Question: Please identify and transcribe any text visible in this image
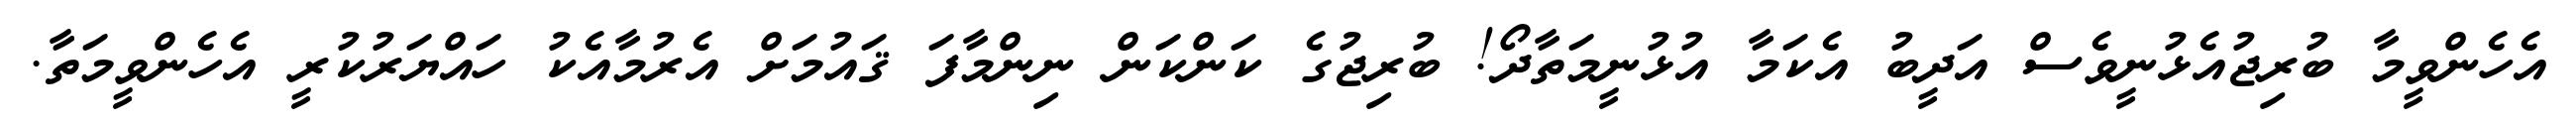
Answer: އެހެންވީމާ ބުރިޖުއެޅުނީވެސް އަދީބު އެކަމާ އުޅުނީމަތާދޯ! ބުރިޖުގެ ކަންކަން ނިންމާފަ ޤައުމަށް އެރުމާއެކު ހައްޔަރުކުރީ އެހެންވީމަތާ.